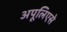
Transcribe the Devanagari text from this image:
अपूलिएसे